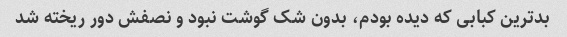
بدترین کبابی که دیده بودم، بدون شک گوشت نبود و نصفش دور ریخته شد